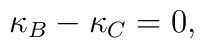
\kappa_B-\kappa_C=0,